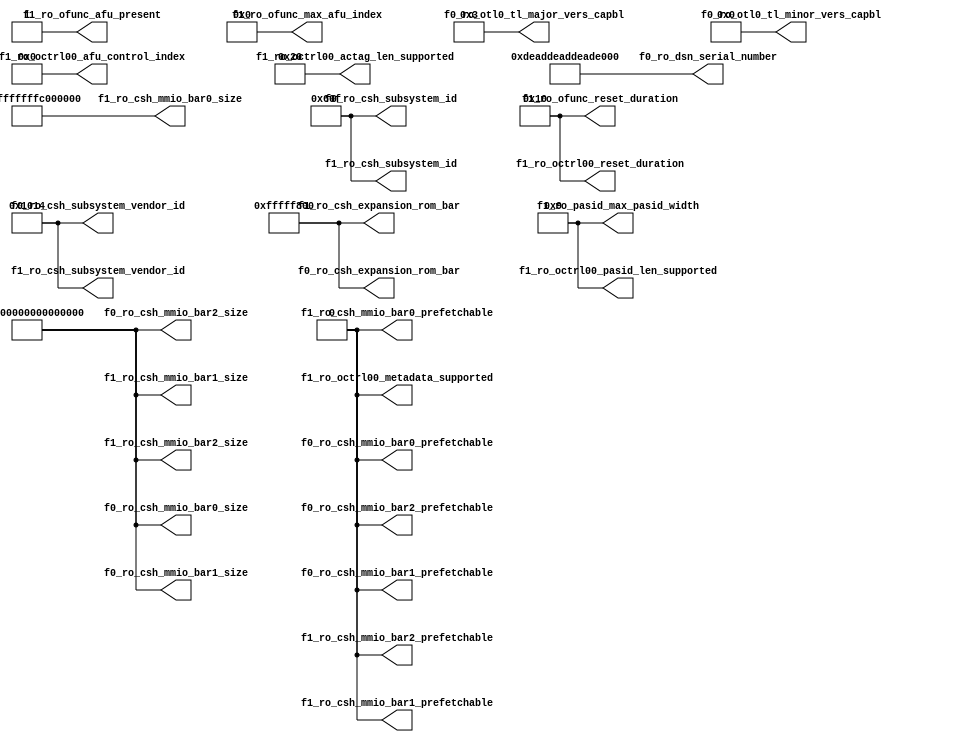
// *!***************************************************************************
// *! Copyright 2019 International Business Machines
// *!
// *! Licensed under the Apache License, Version 2.0 (the "License");
// *! you may not use this file except in compliance with the License.
// *! You may obtain a copy of the License at
// *! http://www.apache.org/licenses/LICENSE-2.0 
// *!
// *! The patent license granted to you in Section 3 of the License, as applied
// *! to the "Work," hereby includes implementations of the Work in physical form.  
// *!
// *! Unless required by applicable law or agreed to in writing, the reference design
// *! distributed under the License is distributed on an "AS IS" BASIS,
// *! WITHOUT WARRANTIES OR CONDITIONS OF ANY KIND, either express or implied.
// *! See the License for the specific language governing permissions and
// *! limitations under the License.
// *! 
// *! The background Specification upon which this is based is managed by and available from
// *! the OpenCAPI Consortium.  More information can be found at https://opencapi.org. 
// *!***************************************************************************
module cfg_tieoffs (

    // -------------------------------------------
    // cfg_func0 ports
    // -------------------------------------------       
           // Static
           // ------------------------------------                 
    output [63:0] f0_ro_csh_mmio_bar0_size
  , output [63:0] f0_ro_csh_mmio_bar1_size
  , output [63:0] f0_ro_csh_mmio_bar2_size
  , output        f0_ro_csh_mmio_bar0_prefetchable
  , output        f0_ro_csh_mmio_bar1_prefetchable
  , output        f0_ro_csh_mmio_bar2_prefetchable
  , output [31:0] f0_ro_csh_expansion_rom_bar
  , output  [7:0] f0_ro_otl0_tl_major_vers_capbl
  , output  [7:0] f0_ro_otl0_tl_minor_vers_capbl
           // Card Specific
           // ------------------------------------         
  , output [15:0] f0_ro_csh_subsystem_id
  , output [15:0] f0_ro_csh_subsystem_vendor_id
  , output [63:0] f0_ro_dsn_serial_number

    // -------------------------------------------
    // cfg_func1 ports
    // -------------------------------------------
           // Static
           // ------------------------------------- 
  , output [31:0] f1_ro_csh_expansion_rom_bar                    
           // Card Specific
           // -------------------------------------
  , output [15:0] f1_ro_csh_subsystem_id
  , output [15:0] f1_ro_csh_subsystem_vendor_id 
           // AFU Specific
           // ------------------------------------
  , output [63:0] f1_ro_csh_mmio_bar0_size
  , output [63:0] f1_ro_csh_mmio_bar1_size
  , output [63:0] f1_ro_csh_mmio_bar2_size
  , output        f1_ro_csh_mmio_bar0_prefetchable
  , output        f1_ro_csh_mmio_bar1_prefetchable
  , output        f1_ro_csh_mmio_bar2_prefetchable
  , output  [4:0] f1_ro_pasid_max_pasid_width
  , output  [7:0] f1_ro_ofunc_reset_duration
  , output        f1_ro_ofunc_afu_present
  , output  [4:0] f1_ro_ofunc_max_afu_index
  , output  [7:0] f1_ro_octrl00_reset_duration
  , output  [5:0] f1_ro_octrl00_afu_control_index
  , output  [4:0] f1_ro_octrl00_pasid_len_supported
  , output        f1_ro_octrl00_metadata_supported
  , output [11:0] f1_ro_octrl00_actag_len_supported



);

// -------------------------------------------
// cfg_func0 ports
// ------------------------------------------- 
      // Static                               
      // -------------------------------------          
      assign f0_ro_csh_mmio_bar0_size             =   64'hFFFF_FFFF_FFFF_FFFF;      
      assign f0_ro_csh_mmio_bar1_size             =   64'hFFFF_FFFF_FFFF_FFFF;  
      assign f0_ro_csh_mmio_bar2_size             =   64'hFFFF_FFFF_FFFF_FFFF;  
      assign f0_ro_csh_mmio_bar0_prefetchable     =                      1'b0;
      assign f0_ro_csh_mmio_bar1_prefetchable     =                      1'b0;
      assign f0_ro_csh_mmio_bar2_prefetchable     =                      1'b0;
      assign f0_ro_csh_expansion_rom_bar          =             32'hFFFF_F800;
      assign f0_ro_otl0_tl_major_vers_capbl       =                     8'h03;
      assign f0_ro_otl0_tl_minor_vers_capbl       =                     8'h00;
      // Card Specific                        
      // -------------------------------------
      assign f0_ro_csh_subsystem_id               =                  16'h060F;
      assign f0_ro_csh_subsystem_vendor_id        =                  16'h1014;
      assign f0_ro_dsn_serial_number              =   64'hDEAD_DEAD_DEAD_DEAD;
                                        
// ------------------------------------------- 
// cfg_func1 ports                             
// ------------------------------------------- 
      // Static                               
      // -------------------------------------
      assign f1_ro_csh_expansion_rom_bar          =              32'hFFFF_F800;     
      // Card Specific                        
      // -------------------------------------
      assign f1_ro_csh_subsystem_id               =                   16'h060F;
      assign f1_ro_csh_subsystem_vendor_id        =                   16'h1014;
      // AFU Specific                         
      // ------------------------------------- 
      
`ifdef MCP
      assign f1_ro_csh_mmio_bar0_size             =    64'hFFFF_FFFF_FC00_0000;
      assign f1_ro_csh_mmio_bar1_size             =    64'hFFFF_FFFF_FFFF_FFFF;
      assign f1_ro_csh_mmio_bar2_size             =    64'hFFFF_FFFF_FFFF_FFFF;
      assign f1_ro_csh_mmio_bar0_prefetchable     =                       1'b0;
      assign f1_ro_csh_mmio_bar1_prefetchable     =                       1'b0;
      assign f1_ro_csh_mmio_bar2_prefetchable     =                       1'b0;
      assign f1_ro_pasid_max_pasid_width          =                   5'b01001;
      assign f1_ro_ofunc_reset_duration           =                      8'h10;
      assign f1_ro_ofunc_afu_present              =                       1'b1;
      assign f1_ro_ofunc_max_afu_index            =                 6'b00_0000;
      assign f1_ro_octrl00_reset_duration         =                      8'h10;
      assign f1_ro_octrl00_afu_control_index      =                  6'b000000;
      assign f1_ro_octrl00_pasid_len_supported    =                   5'b01001;
      assign f1_ro_octrl00_metadata_supported     =                       1'b0;
      assign f1_ro_octrl00_actag_len_supported    =                    12'h020;

`elsif LPC
      assign f1_ro_csh_mmio_bar0_size             =    64'hFFFF_FFFF_FFF0_0000;
      assign f1_ro_csh_mmio_bar1_size             =    64'hFFFF_FFFF_FFFF_FFFF;
      assign f1_ro_csh_mmio_bar2_size             =    64'hFFFF_FFFF_FFFF_FFFF;
      assign f1_ro_csh_mmio_bar0_prefetchable     =                       1'b0;
      assign f1_ro_csh_mmio_bar1_prefetchable     =                       1'b0;
      assign f1_ro_csh_mmio_bar2_prefetchable     =                       1'b0;
      assign f1_ro_pasid_max_pasid_width          =                   5'b00001;
      assign f1_ro_ofunc_reset_duration           =                      8'h10;
      assign f1_ro_ofunc_afu_present              =                       1'b1;
      assign f1_ro_ofunc_max_afu_index            =                 6'b00_0000;
      assign f1_ro_octrl00_reset_duration         =                      8'h10;
      assign f1_ro_octrl00_afu_control_index      =                  6'b000000;
      assign f1_ro_octrl00_pasid_len_supported    =                   5'b00000;
      assign f1_ro_octrl00_metadata_supported     =                       1'b0;
      assign f1_ro_octrl00_actag_len_supported    =                    12'h001;

`elsif FRAMEWORK
      assign f1_ro_csh_mmio_bar0_size             =    64'hFFFF_FFFF_0000_0000;
      assign f1_ro_csh_mmio_bar1_size             =    64'hFFFF_FFFF_FFFF_FFFF;
      assign f1_ro_csh_mmio_bar2_size             =    64'hFFFF_FFFF_FFFF_FFFF;
      assign f1_ro_csh_mmio_bar0_prefetchable     =                       1'b0;
      assign f1_ro_csh_mmio_bar1_prefetchable     =                       1'b0;
      assign f1_ro_csh_mmio_bar2_prefetchable     =                       1'b0;
      assign f1_ro_pasid_max_pasid_width          =                   5'b01001;
      assign f1_ro_ofunc_reset_duration           =                      8'h10;
      assign f1_ro_ofunc_afu_present              =                       1'b1;
      assign f1_ro_ofunc_max_afu_index            =                 6'b00_0000;
      assign f1_ro_octrl00_reset_duration         =                      8'h10;
      assign f1_ro_octrl00_afu_control_index      =                  6'b000000;
      assign f1_ro_octrl00_pasid_len_supported    =                   5'b01001;
      assign f1_ro_octrl00_metadata_supported     =                       1'b0;
      assign f1_ro_octrl00_actag_len_supported    =                    12'h020;

`else
      assign f1_ro_csh_mmio_bar0_size             =    64'hFFFF_FFFF_FC00_0000;
      assign f1_ro_csh_mmio_bar1_size             =    64'hFFFF_FFFF_FFFF_FFFF;
      assign f1_ro_csh_mmio_bar2_size             =    64'hFFFF_FFFF_FFFF_FFFF;
      assign f1_ro_csh_mmio_bar0_prefetchable     =                       1'b0;
      assign f1_ro_csh_mmio_bar1_prefetchable     =                       1'b0;
      assign f1_ro_csh_mmio_bar2_prefetchable     =                       1'b0;
      assign f1_ro_pasid_max_pasid_width          =                   5'b01001;
      assign f1_ro_ofunc_reset_duration           =                      8'h10;
      assign f1_ro_ofunc_afu_present              =                       1'b1;
      assign f1_ro_ofunc_max_afu_index            =                 6'b00_0000;
      assign f1_ro_octrl00_reset_duration         =                      8'h10;
      assign f1_ro_octrl00_afu_control_index      =                  6'b000000;
      assign f1_ro_octrl00_pasid_len_supported    =                   5'b01001;
      assign f1_ro_octrl00_metadata_supported     =                       1'b0;
      assign f1_ro_octrl00_actag_len_supported    =                    12'h020;
`endif



endmodule // cfg_tieoffs